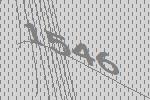
1546